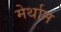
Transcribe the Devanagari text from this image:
मेर्थान